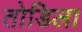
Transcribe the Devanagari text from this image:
तोडिला